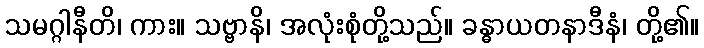
သမဂ္ဂါနီတိ၊ ကား။ သဗ္ဗာနိ၊ အလုံးစုံတို့သည်။ ခန္ဓာယတနာဒီနံ၊ တို့၏။